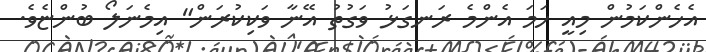
އެހެންކަމުން މިއީ ހަމަ އެންމެ ރަނގަޅު ވަގުތު އޭނާ ވަކިކުރަން" އިމެނަލޯ ބުންޏެވެ.